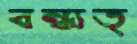
বন্ধ্যত্